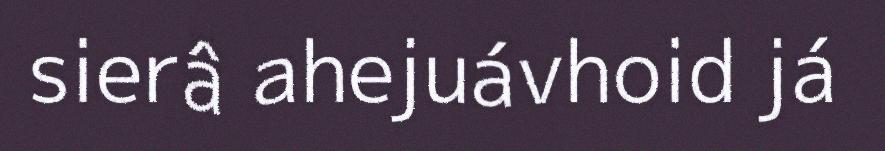
sierâ ahejuávhoid já